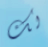
لك